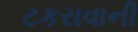
ટકરાવાની